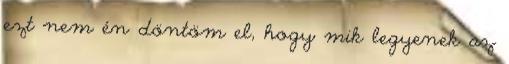
ezt nem én döntöm el, hogy mik legyenek az